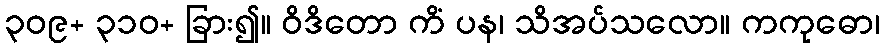
၃၀၉+ ၃၁၀+ ခြား၍။ ဝိဒိတော ကိံ ပန၊ သိအပ်သလော။ ကကုဓော၊